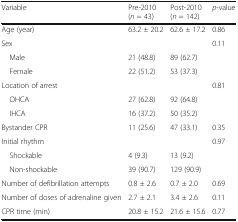
<table><thead><tr><td><b>Variable</b></td><td><b>Pre-2010 (<i>n</i> = 43)</b></td><td><b>Post-2010 (<i>n</i> = 142)</b></td><td><b><i>p</i>-value</b></td></tr></thead><tbody><tr><td>Age (year)</td><td>63.2 ± 20.2</td><td>62.6 ± 17.2</td><td>0.86</td></tr><tr><td>Sex</td><td></td><td></td><td>0.11</td></tr><tr><td> Male</td><td>21 (48.8)</td><td>89 (62.7)</td><td></td></tr><tr><td> Female</td><td>22 (51.2)</td><td>53 (37.3)</td><td></td></tr><tr><td>Location of arrest</td><td></td><td></td><td>0.81</td></tr><tr><td> OHCA</td><td>27 (62.8)</td><td>92 (64.8)</td><td></td></tr><tr><td> IHCA</td><td>16 (37.2)</td><td>50 (35.2)</td><td></td></tr><tr><td>Bystander CPR</td><td>11 (25.6)</td><td>47 (33.1)</td><td>0.35</td></tr><tr><td>Initial rhythm</td><td></td><td></td><td>0.97</td></tr><tr><td> Shockable</td><td>4 (9.3)</td><td>13 (9.2)</td><td></td></tr><tr><td> Non-shockable</td><td>39 (90.7)</td><td>129 (90.9)</td><td></td></tr><tr><td>Number of defibrillation attempts</td><td>0.8 ± 2.6</td><td>0.7 ± 2.0</td><td>0.69</td></tr><tr><td>Number of doses of adrenaline given</td><td>2.7 ± 2.1</td><td>3.4 ± 2.6</td><td>0.11</td></tr><tr><td>CPR time (min)</td><td>20.8 ± 15.2</td><td>21.6 ± 15.6</td><td>0.77</td></tr></tbody></table>